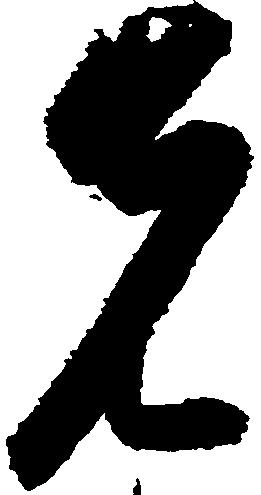
先